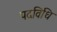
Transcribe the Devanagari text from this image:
पदविधि